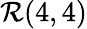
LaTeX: {\mathcal{R}}(4,4)